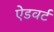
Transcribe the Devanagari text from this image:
ऐडवर्ट